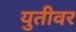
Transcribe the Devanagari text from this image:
युतीवर